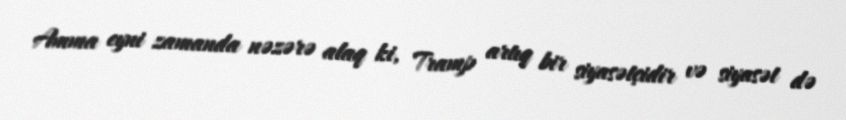
Amma eyni zamanda nəzərə alaq ki, Tramp artıq bir siyasətçidir və siyasət də